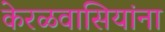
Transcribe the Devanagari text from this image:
केरळवासियांना